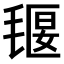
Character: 𣯄